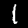
Digit: 1